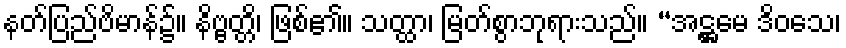
နတ်ပြည်ဗိမာန်၌။ နိဗ္ဗတ္တိ၊ ဖြစ်၏။ သတ္ထာ၊ မြတ်စွာဘုရားသည်။ “အဋ္ဌမေ ဒိဝသေ၊